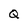
Character: Q